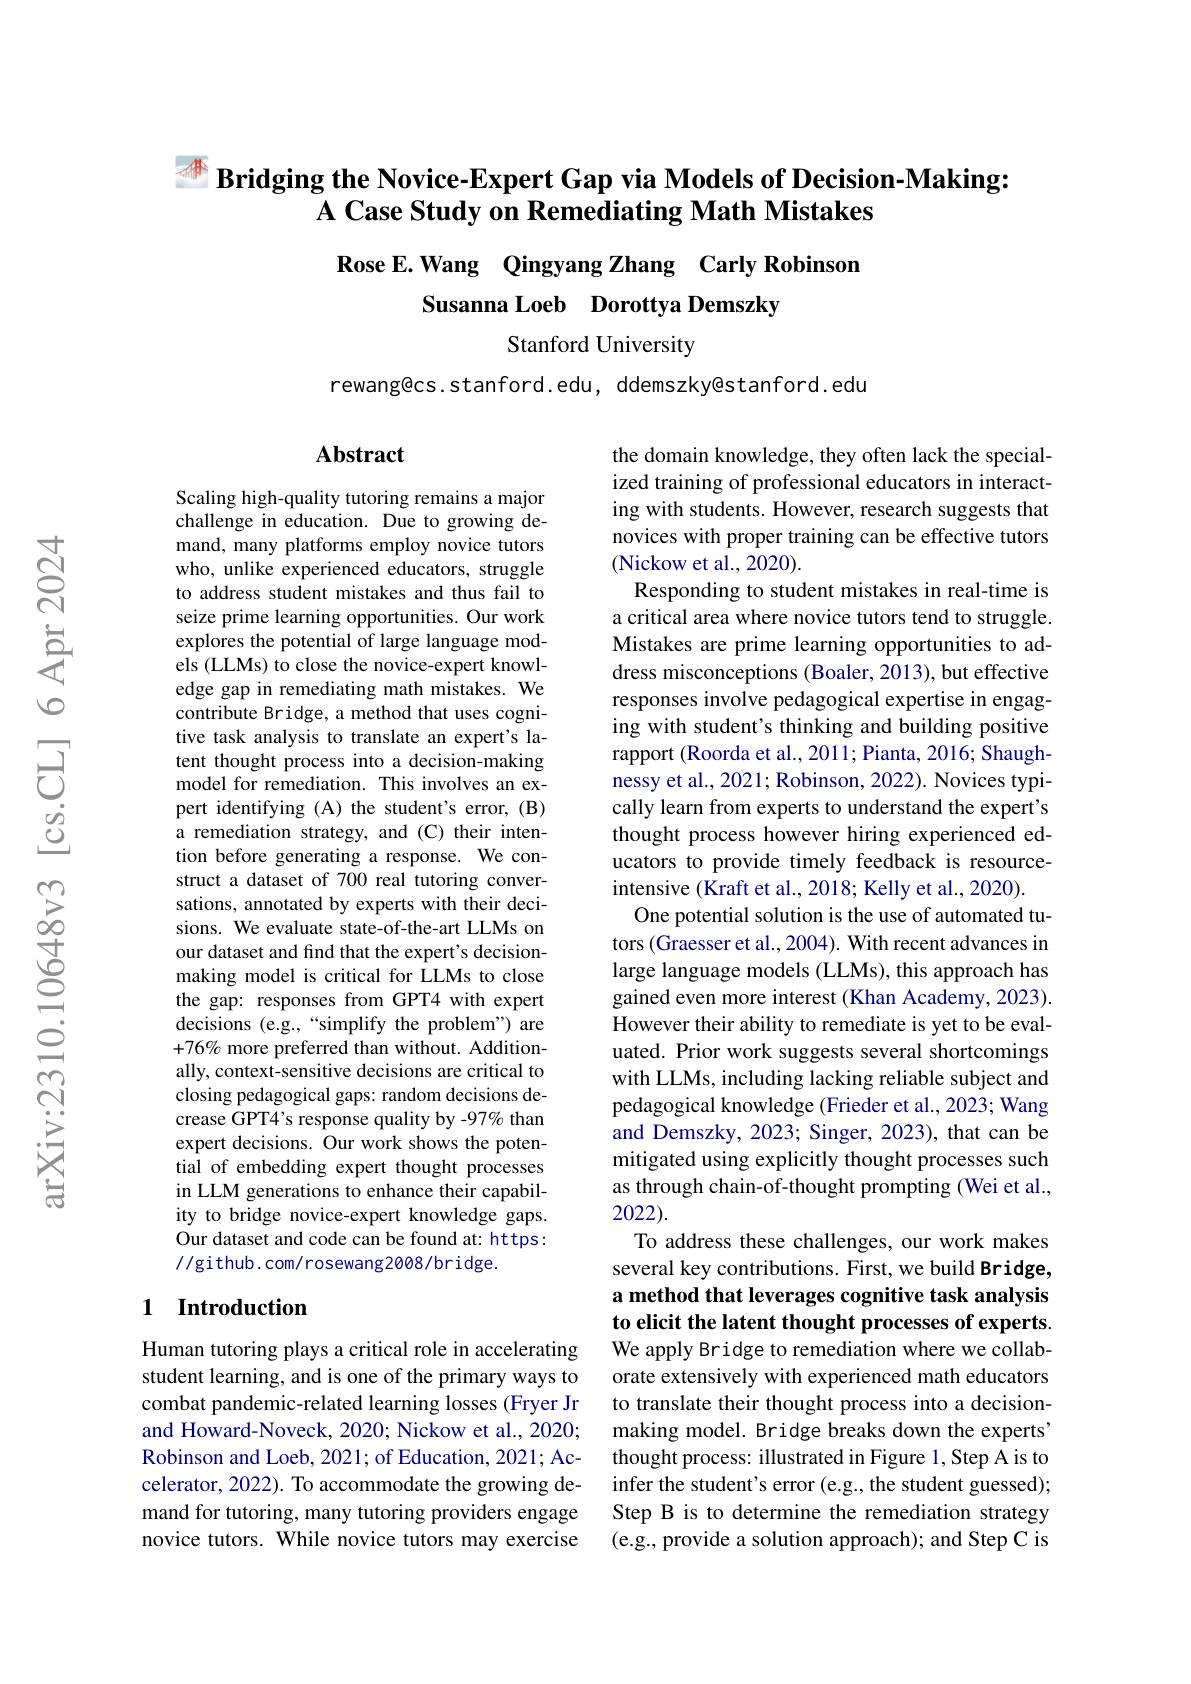
# $\begin{aligned}\text{ Bridging the Novice-Expert Gap via Models of Decision-Making:}\\\Delta CosStuduonBomdiotingMothMictoc\end{aligned}$ A Case Study on Remediating Math Mistakes

# Rose E.Wang Qingyang Zhang Carly Robinson Susanna Loeb Dorottya Demszky

Stanford University

rewang@cs.stanford.edu, ddemszky@stanford.edu

## Abstract

Scaling high-quality tutoring remains a major challenge in education. Due to growing demand, many platforms employ novice tutors who, unlike experienced educators, struggle to address student mistakes and thus fail to seize prime learning opportunities. Our work explores the potential of large language models (LLMs) to close the novice-expert knowledge gap in remediating math mistakes. We contribute Bridge, a method that uses cognitive task analysis to translate an expert's latent thought process into a decision-making model for remediation. This involves an expert identifying (A) the student's error, (B) a remediation strategy, and (C) their intention before generating a response. We construct a dataset of 700 real tutoring conversations, annotated by experts with their decisions. We evaluate state-of-the-art LLMs on our dataset and find that the expert's decisionmaking model is critical for LLMs to close the gap: responses from GPT4 with expert decisions (e.g.,“simplify the problem") are $+76\%$ more preferred than without. Additionally, context-sensitive decisions are critical to closing pedagogical gaps: random decisions decrease GPT4's response quality by -97% than expert decisions. Our work shows the potential of embedding expert thought processes in LLM generations to enhance their capability to bridge novice-expert knowledge gaps. Our dataset and code can be found at: https: //github.com/rosewang2008/bridge.

the domain knowledge, they often lack the specialized training of professional educators in interacting with students. However, research suggests that novices with proper training can be effective tutors (Nickow et al., 2020).
Responding to student mistakes in real-time is a critical area where novice tutors tend to struggle. Mistakes are prime learning opportunities to address misconceptions (Boaler, 2013), but effective responses involve pedagogical expertise in engaging with student's thinking and building positive rapport (Roorda et al., 2011; Pianta, 2016; Shaughnessy et al., 2021; Robinson, 2022). Novices typically learn from experts to understand the expert's thought process however hiring experienced educators to provide timely feedback is resourceintensive (Kraft et al., 2018; Kelly et al., 2020).
One potential solution is the use of automated tutors (Graesser et al., 2004). With recent advances in large language models (LLMs), this approach has gained even more interest (Khan Academy, 2023). However their ability to remediate is yet to be evaluated. Prior work suggests several shortcomings with LLMs, including lacking reliable subject and pedagogical knowledge (Frieder et al., 2023; Wang and Demszky, 2023; Singer, 2023), that can be mitigated using explicitly thought processes such as through chain-of-thought prompting (Wei et al., 2022).
To address these challenges, our work makes several key contributions. First, we build Bridge, a method that leverages cognitive task analysis to elicit the latent thought processes of experts We apply Bridge to remediation where we collaborate extensively with experienced math educators to translate their thought process into a decisionmaking model. Bridge breaks down the experts" thought process: illustrated in Figure 1, Step A is to infer the student's error (e.g., the student guessed); Step B is to determine the remediation strategy (e.g., provide a solution approach); and Step C is

## 1 Introduction

Human tutoring plays a critical role in accelerating student learning, and is one of the primary ways to combat pandemic-related learning losses (Fryer Jr and Howard-Noveck, 2020; Nickow et al., 2020; Robinson and Loeb, 2021; of Education, 2021; Accelerator, 2022). To accommodate the growing demand for tutoring, many tutoring providers engage novice tutors. While novice tutors may exercise